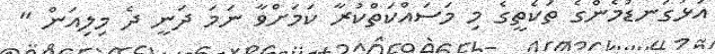
އަޅުގަނޑުމެންގެ ތަކެތީގެ މި މަސައްކަތްކުރާ ކަމަށްވާ ނަމަ ދަނީ ދެ މިލިއަން "